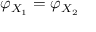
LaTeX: \varphi _ { X _ { 1 } } = \varphi _ { X _ { 2 } }